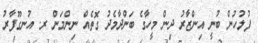
ފުލުހުން ބުނީ އިންޒާރު ދިން މީހާގެ ބަންދާމެދު ގޮތެއް ނިންމަން ރ. އުނގޫފާރު